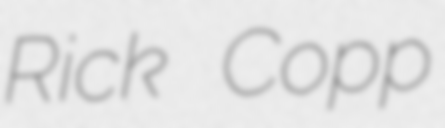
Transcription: Rick Copp